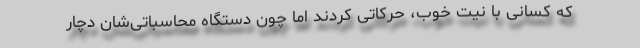
که کسانی با نیّت خوب، حرکاتی کردند امّا چون دستگاه محاسباتی‌شان دچار